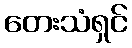
တေးသံရှင်